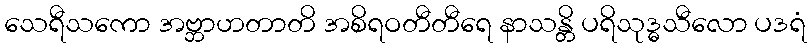
သေရီသကော အဗ္ဘာဟတာတိ အစိရဝတီတီရေ နာသန္တိ ပရိသုဒ္ဓသီလော ပဒရံ